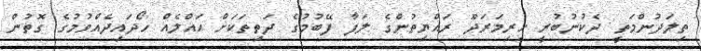
ތިލަދުންމަތީ ދެކުނުބުރީ ހިރިމަރަދޫ ރައްޔިތުންގެ ލަފާ ފޭބުމުގެ ދަތިތަކަށް ޙައްލެއް ހޯދައިދެއްވުމުގެ ގޮތުން